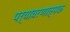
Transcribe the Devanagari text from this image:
पर्यावरणात्‍मक